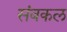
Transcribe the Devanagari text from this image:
संबकल